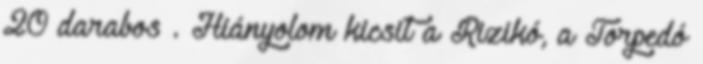
20 darabos . Hiányolom kicsit a Rizikó, a Torpedó